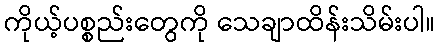
ကိုယ့်ပစ္စည်းတွေကို သေချာထိန်းသိမ်းပါ။